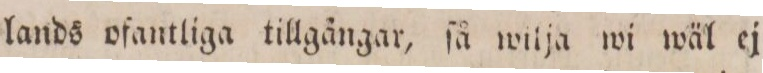
lands ofantliga tillgångar, ſå wilja wi wäl ej